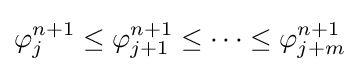
\varphi _{j}^{n+1}\leq \varphi _{j+1}^{n+1}\leq \cdots \leq \varphi _{j+m}^{n+1}